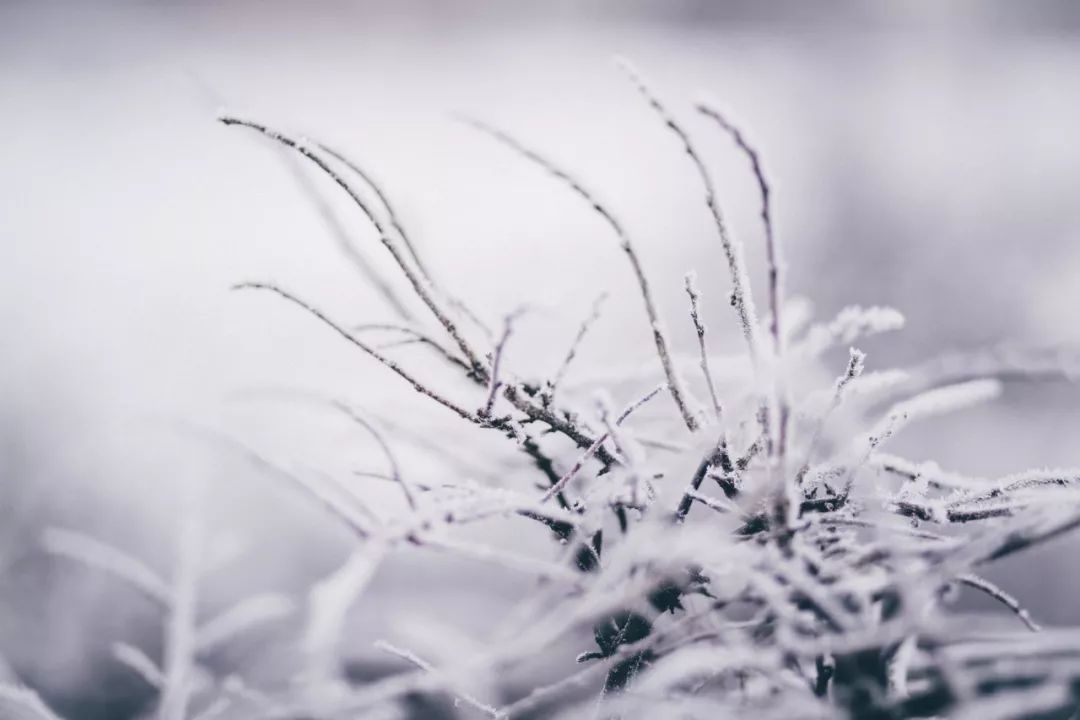
江涵雁影梅花瘦，四无尘雪飞云起，夜窗如昼。